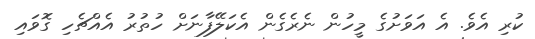
ކުރި އެވެ. އެ އަވަށުގެ މީހުން ނެރެގެން އެކަލޭފާނަށް ހުތުރު އެއްޗެހި ގޮވައި